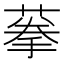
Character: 𦶸